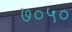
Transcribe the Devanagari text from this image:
७०५०